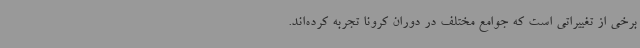
برخی از تغییراتی است که جوامع مختلف در دوران کرونا تجربه کرده‌اند.